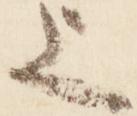
上